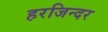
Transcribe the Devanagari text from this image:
हरजिन्दर